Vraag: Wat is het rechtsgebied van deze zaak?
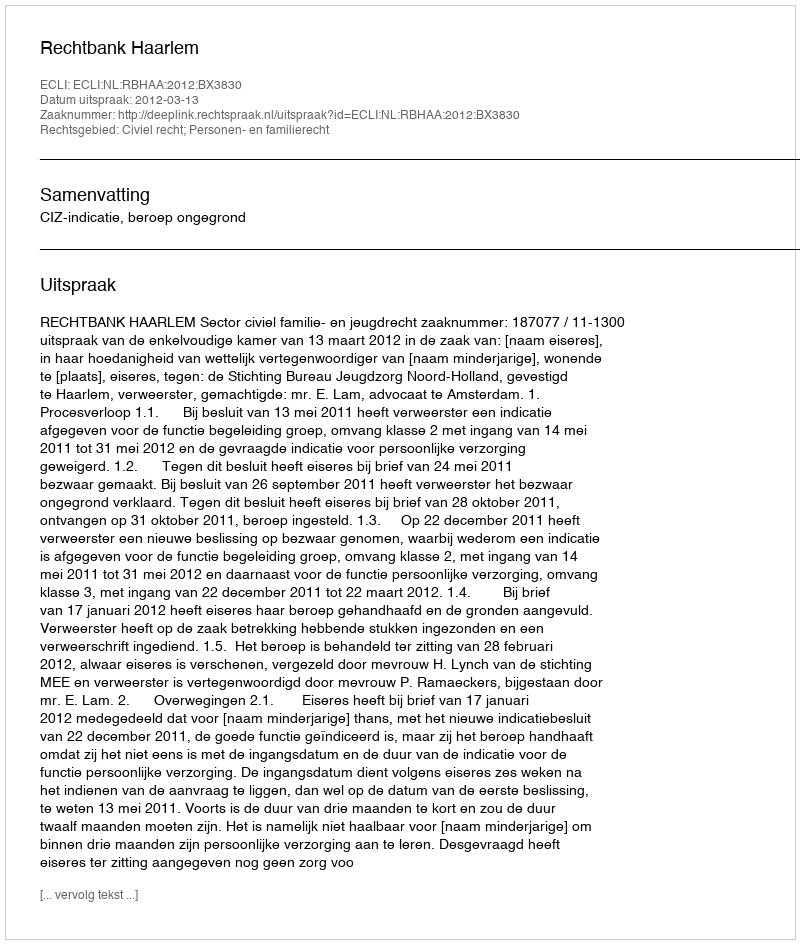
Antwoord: Civiel recht; Personen- en familierecht